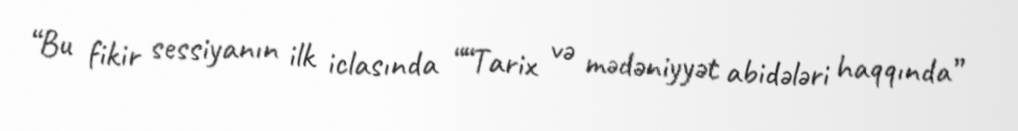
“Bu fikir sessiyanın ilk iclasında ““Tarix və mədəniyyət abidələri haqqında”